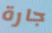
جارة